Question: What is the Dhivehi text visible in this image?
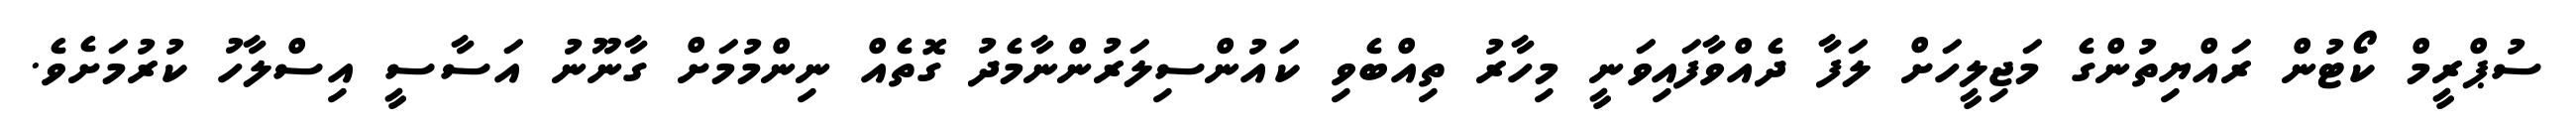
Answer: ސުޕްރީމް ކޯޓުން ރައްޔިތުންގެ މަޖިލީހަށް ލަފާ ދެއްވާފައިވަނީ މިހާރު ތިއްބެވި ކައުންސިލަރުންނާމެދު ގޮތެއް ނިންމުމަށް ގާނޫނު އަސާސީ އިސްލާހު ކުރުމަށެވެ.